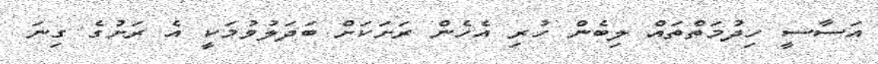
އަސާސީ ހިދުމަތްތައް ލިބެން ހުރި އެހެން ރަށަކަށް ބަދަލުވުމަކީ އެ ރަށުގެ ގިނަ